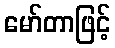
မော်တာဖြင့်